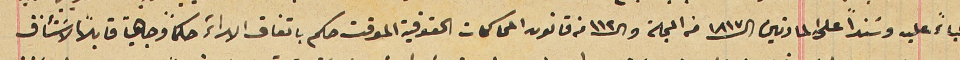
فباءً عليه وسنداً على المادتين الـ١٨١٧ من المجلة والـ١١٢ من قانون المحاكمات الحقوقية الموقت حكم باتفاق الاراءَ حكماً وجاهياً قابلاً الاسَتئناف